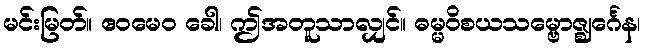
မင်းမြတ်။ ဧဝမေဝ ခေါ၊ ဤအတူသာလျှင်။ ဓမ္မဝိစယသမ္ဗောဇ္ဈင်္ဂေန၊